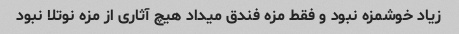
زیاد خوشمزه نبود و فقط مزه فندق میداد هیچ آثاری از مزه نوتلا نبود